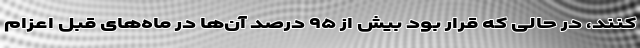
کنند، در حالی که قرار بود بیش از ۹۵ درصد آن‌ها در ماه‌های قبل اعزام